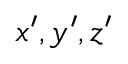
x ^ { \prime } , y ^ { \prime } , z ^ { \prime }